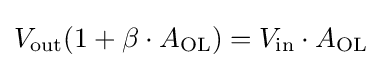
V_{\text{out}}(1+\beta \cdot A_{\text{OL}})=V_{\text{in}}\cdot A_{\text{OL}}